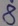
Text: 8